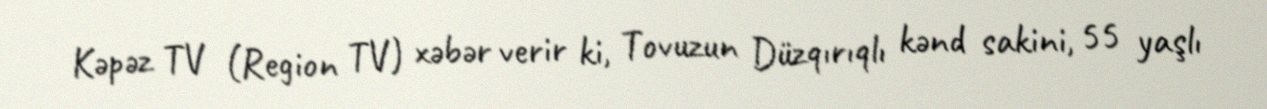
Kəpəz TV (Region TV) xəbər verir ki, Tovuzun Düzqırıqlı kənd sakini, 55 yaşlı